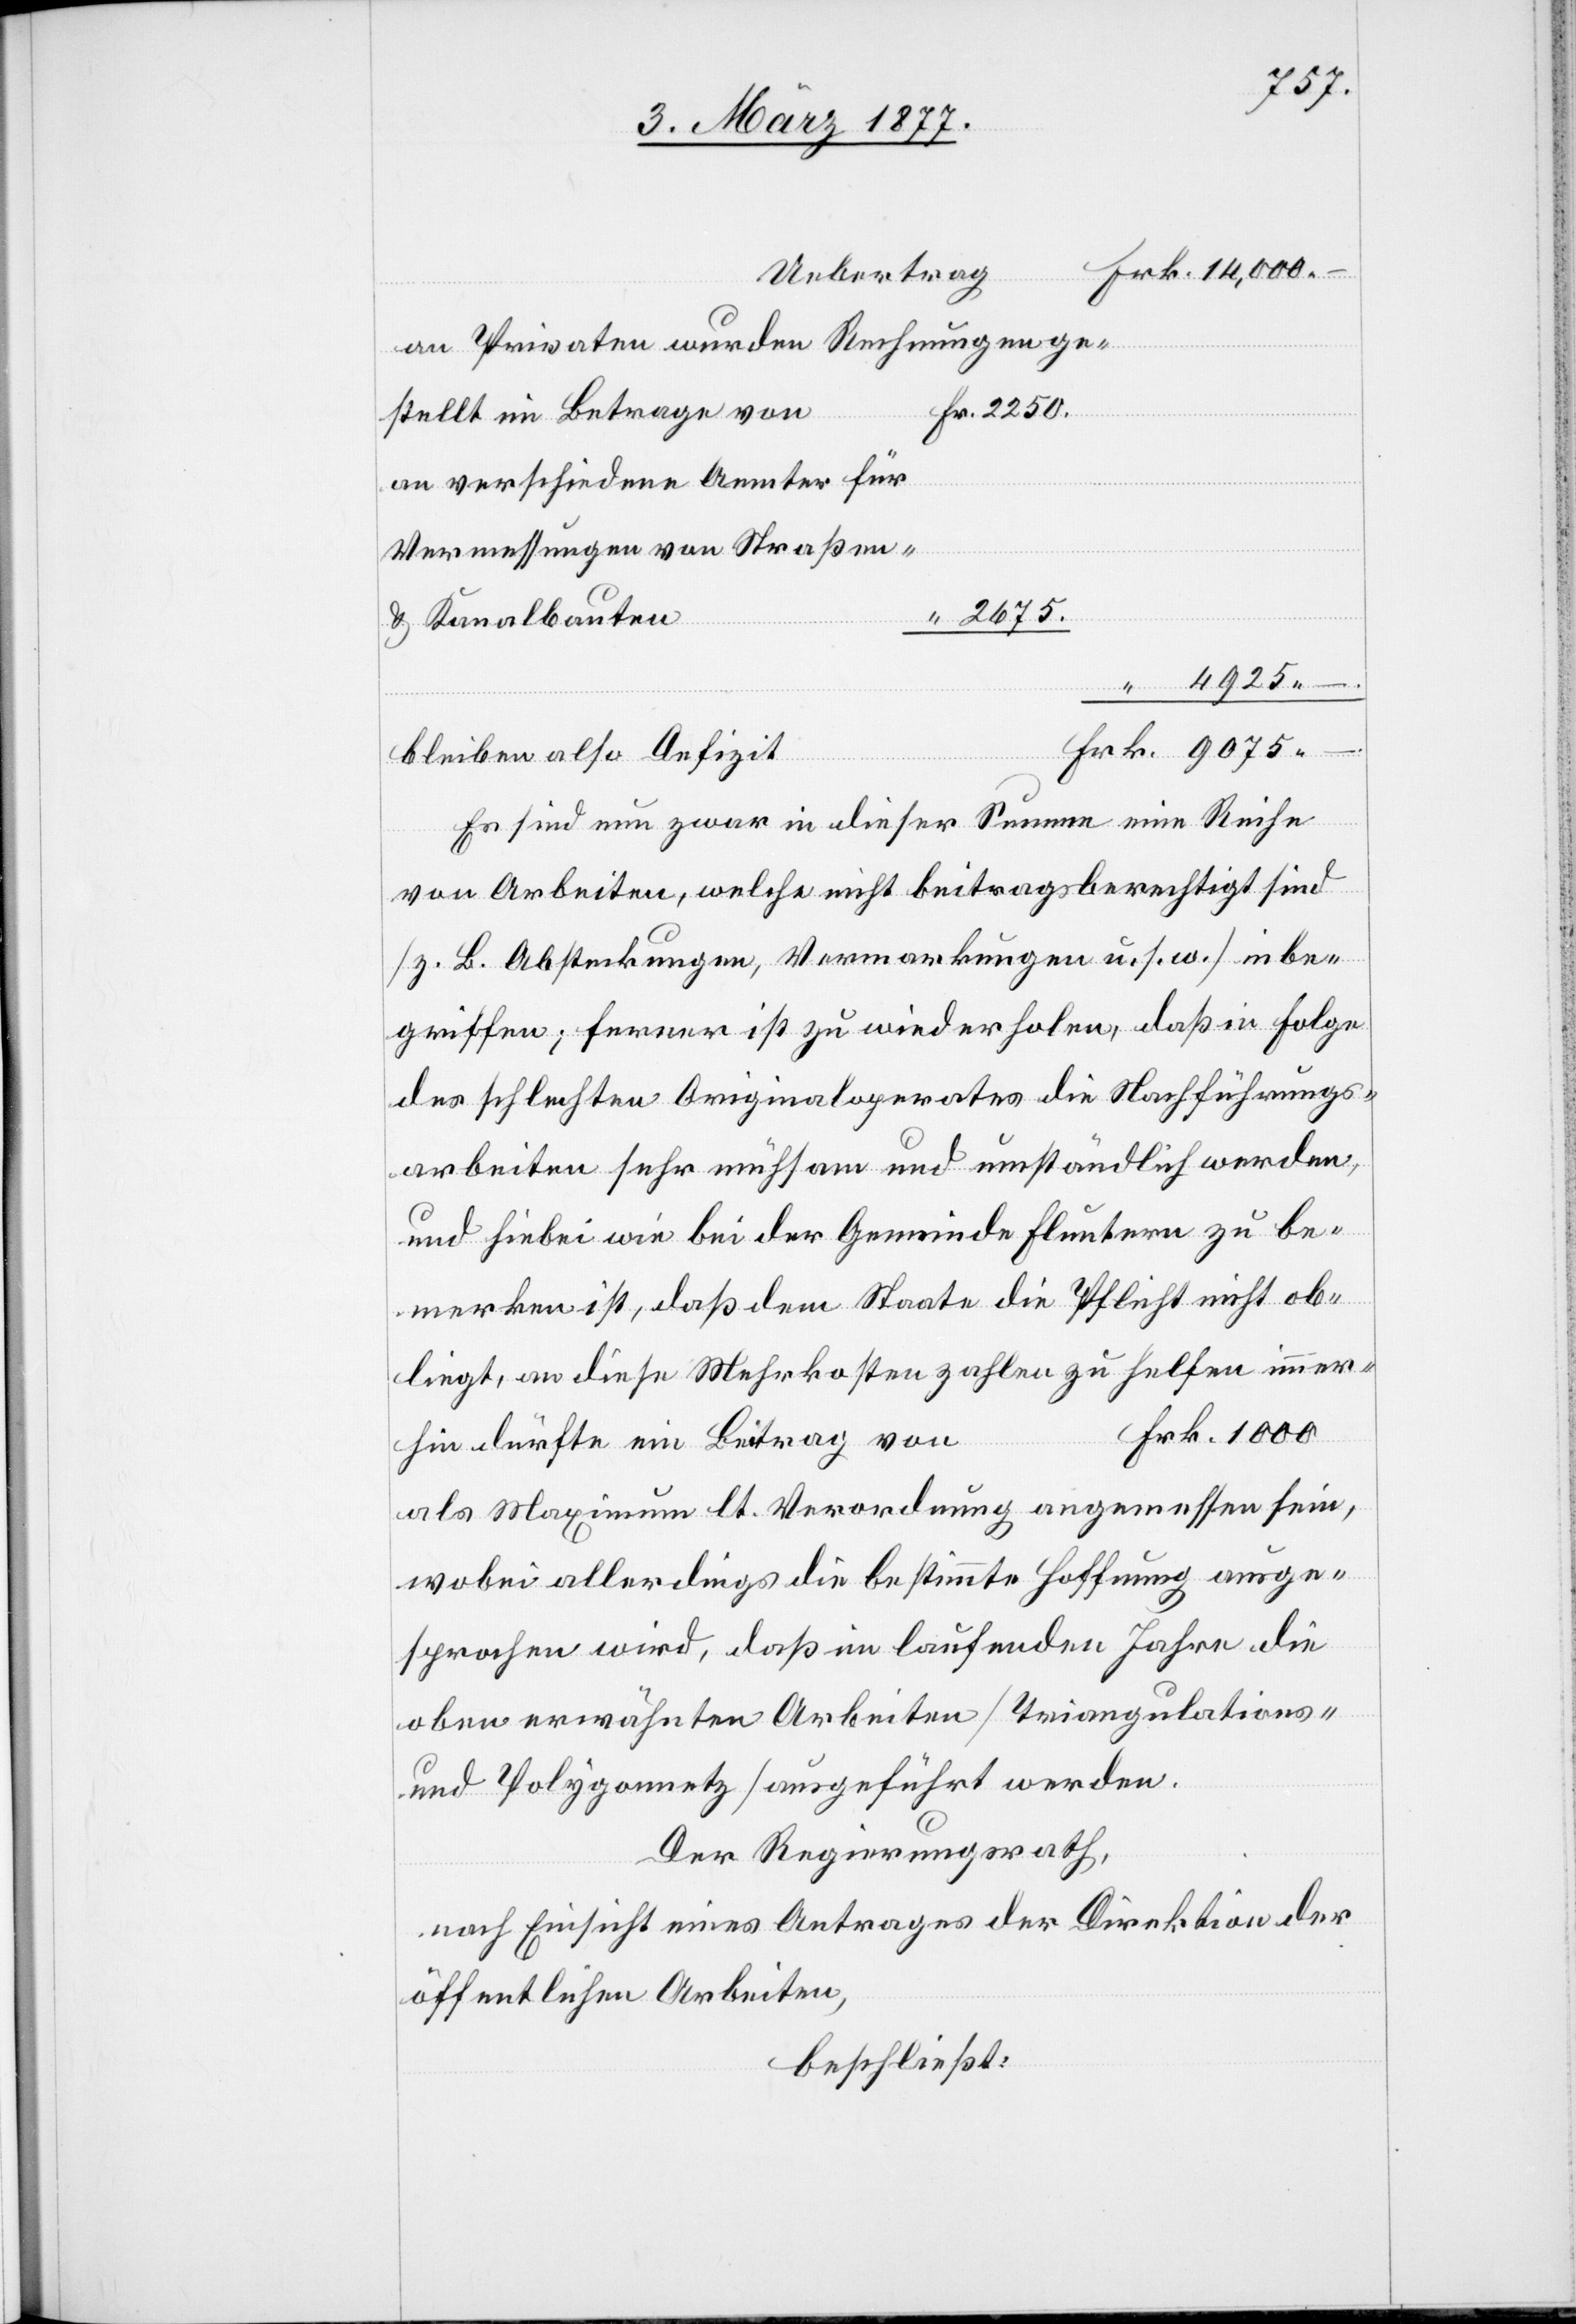
Uebertrag
an Privaten wurden Rechnungen ge¬
stellt im Betrage von
an verschiedene Aemter für
Vermessungen von Straßen-
2675.
& Kanalbauten
bleiben also Defizit
Es sind nun zwar in dieser Summe eine Reihe
von Arbeiten, welche nicht beitragspflichtig sind
[z. B. Absteckungen, Vermarkungen u. s. w.] inbe¬
griffen; ferner ist zu wiederholen, daß in Folge
des schlechten Originaloperates die Nachführungs¬
arbeiten sehr mühsam und umständlich werden,
und hiebei wie bei der Gemeinde Fluntern zu be¬
merken ist, daß dem Staate die Pflicht nicht ob¬
liegt, an diese Mehrkosten zahlen zu helfen immer¬
Frk. 1000
hin dürfte ein Beitrag von
als Maximum lt. Verordnung angemessen sein,
wobei allerdings die bestimmte Hoffnung ausge¬
sprochen wird, daß im laufenden Jahre die
oben erwähnten Arbeiten [Triangulations-
und Polygonnetz] ausgeführt werden.
Der Regierungsrath,
nach Einsicht eines Antrages der Direktion der
öffentlichen Arbeiten,
beschließt: